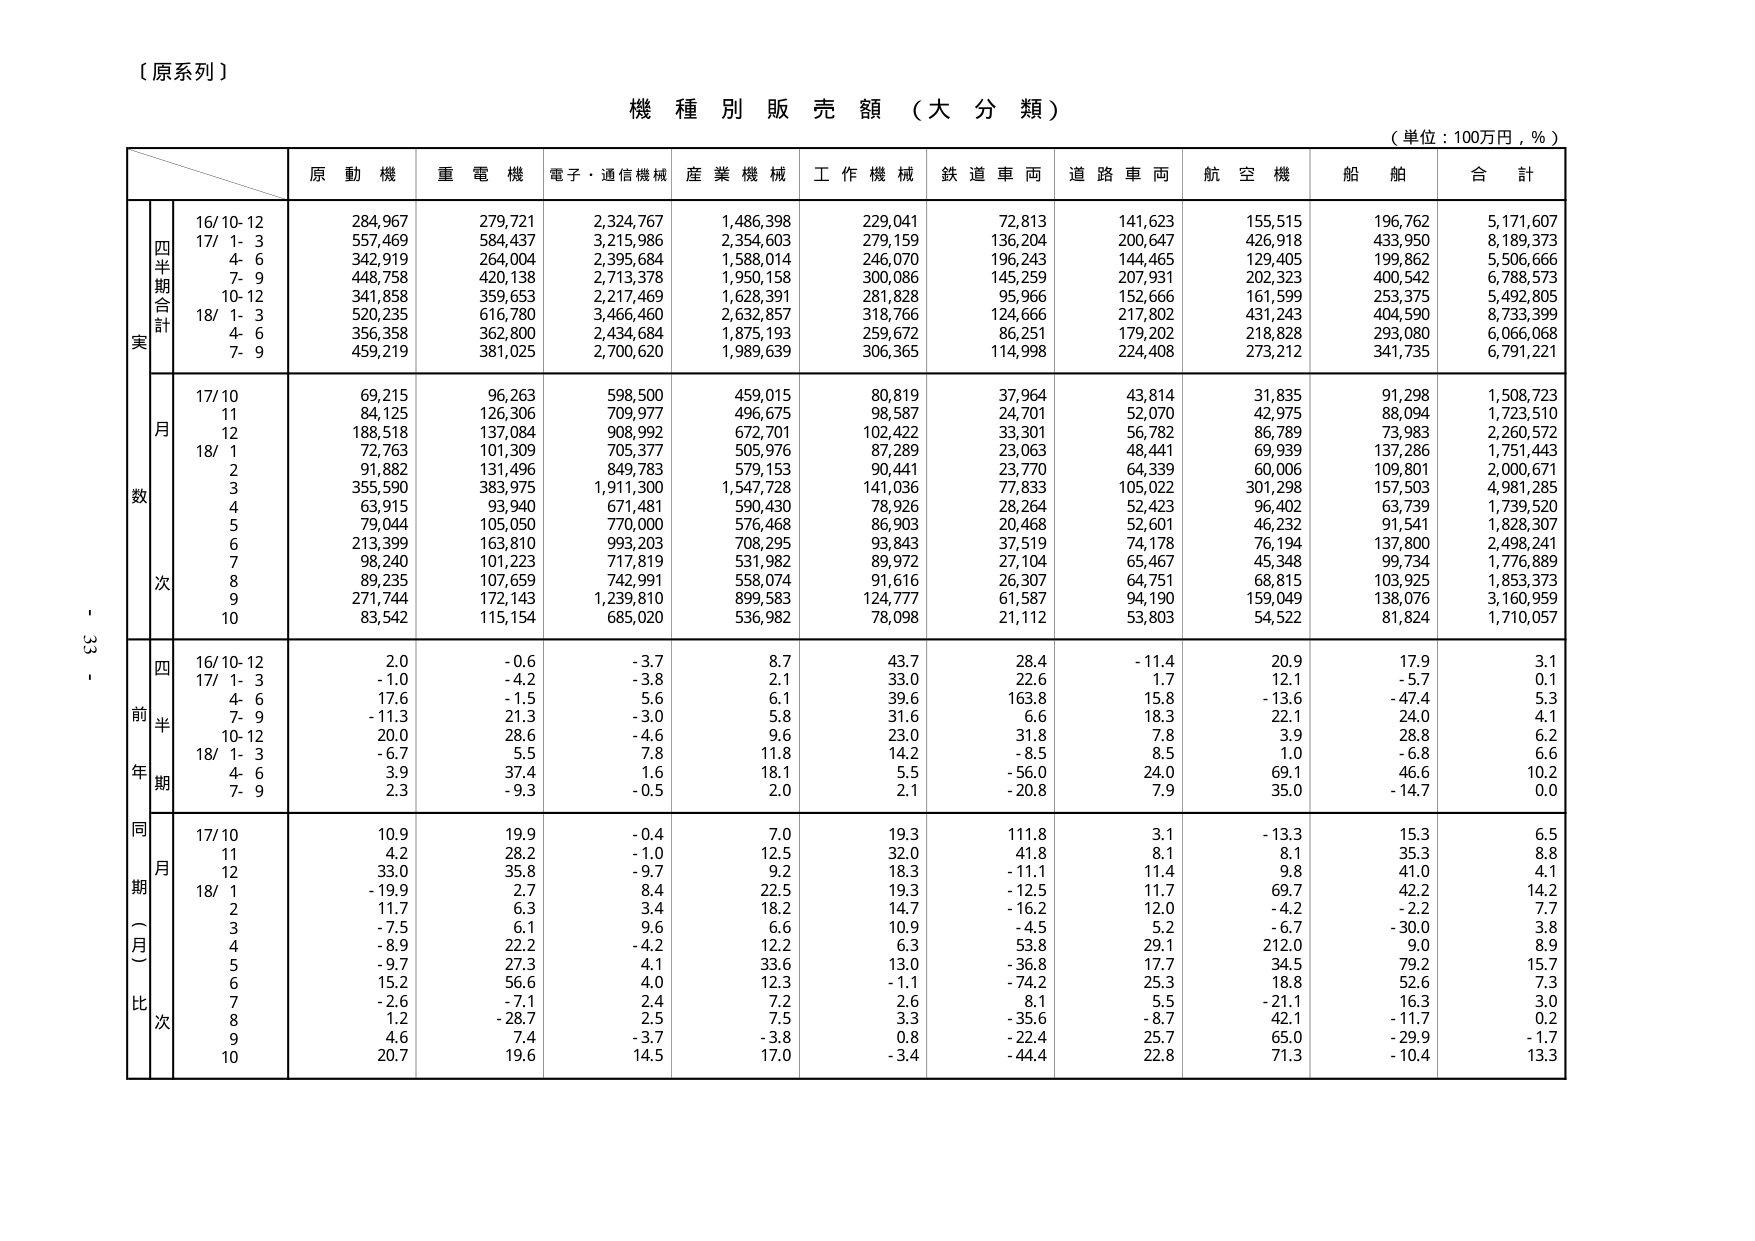
【原系列】

機種別販売額（大分類）
（単位：100万円，％）

原動機　重電機　電子・通信機械　産業機械　工作機械　鉄道車両　道路車両　航空機　船舶　合計

実
四半期合計
16/10-12　284,967　279,721　2,324,767　1,486,398　229,041　72,813　141,623　155,515　196,762　5,171,607
17/1-3　557,469　584,437　3,215,986　2,354,603　279,159　136,204　200,647　426,918　433,950　8,189,373
　4-6　342,919　264,004　2,395,684　1,588,014　246,070　196,243　144,465　129,405　199,862　5,506,666
　7-9　448,758　420,138　2,713,378　1,950,158　300,086　145,259　207,931　202,323　400,542　6,788,573
18/10-12　341,858　359,653　2,217,469　1,628,391　281,828　95,966　152,666　161,599　253,375　5,492,805
　1-3　520,235　616,780　3,466,460　2,632,857　318,766　124,666　217,802　431,243　404,590　8,733,399
　4-6　356,358　362,800　2,434,684　1,875,193　259,672　86,251　179,202　218,828　293,080　6,066,068
　7-9　459,219　381,025　2,700,620　1,989,639　306,365　114,998　224,408　273,212　341,735　6,791,221

数
月
17/10　69,215　96,263　598,500　459,015　80,819　37,964　43,814　31,835　91,298　1,508,723
　11　84,125　126,306　709,977　496,675　98,587　24,701　52,070　42,975　88,094　1,723,510
　12　188,518　137,084　908,992　672,701　102,422　33,301　56,782　86,789　73,983　2,260,572
18/1　72,763　101,309　705,377　505,976　87,289　23,063　48,441　69,939　137,286　1,751,443
　2　91,882　131,496　849,783　579,153　90,441　23,770　64,339　60,006　109,801　2,000,671
　3　355,590　383,975　1,911,300　1,547,728　141,036　77,833　105,022　301,298　157,503　4,981,285
　4　63,915　93,940　671,481　590,430　78,926　28,264　52,423　96,402　63,739　1,739,520
　5　79,044　105,050　770,000　576,468　86,903　20,468　52,601　46,232　91,541　1,828,307
　6　213,399　163,810　993,203　708,295　93,843　37,519　74,178　76,194　137,800　2,498,241
　7　98,240　101,223　717,819　531,982　89,972　27,104　65,467　45,348　99,734　1,776,889
　8　89,235　107,659　742,991　558,074　91,616　26,307　64,751　68,815　103,925　1,853,373
　9　271,744　172,143　1,239,810　899,583　124,777　61,587　94,190　159,049　138,076　3,160,959
　10　83,542　115,154　685,020　536,982　78,098　21,112　53,803　54,522　81,824　1,710,057

四
前半
年期
16/10-12　2.0　-0.6　-3.7　8.7　43.7　28.4　-11.4　20.9　17.9　3.1
17/1-3　-1.0　-4.2　-3.8　2.1　33.0　22.6　1.7　12.1　-5.7　0.1
　4-6　17.6　-1.5　5.6　6.1　39.6　163.8　15.8　-13.6　-47.4　5.3
　7-9　-11.3　21.3　-3.0　5.8　31.6　6.6　18.3　22.1　24.0　4.1
18/10-12　20.0　28.6　-4.6　9.6　23.0　31.8　7.8　3.9　28.8　6.2
　1-3　-6.7　5.5　7.8　11.8　14.2　-8.5　8.5　1.0　-6.8　6.6
　4-6　3.9　37.4　1.6　18.1　5.5　-56.0　24.0　69.1　46.6　10.2
　7-9　2.3　-9.3　-0.5　2.0　2.1　-20.8　7.9　35.0　-14.7　0.0

同期（月）比
17/10　10.9　19.9　-0.4　7.0　19.3　111.8　3.1　-13.3　15.3　6.5
　11　4.2　28.2　-1.0　12.5　32.0　41.8　8.1　8.1　35.3　8.8
　12　33.0　35.8　-9.7　9.2　18.3　-11.1　11.4　9.8　41.0　4.1
18/1　-19.9　2.7　8.4　22.5　19.3　-12.5　11.7　69.7　42.2　14.2
　2　11.7　6.3　3.4　18.2　14.7　-16.2　12.0　-4.2　-2.2　7.7
　3　-7.5　6.1　9.6　6.6　10.9　-4.5　5.2　-6.7　-30.0　3.8
　4　-8.9　22.2　-4.2　12.2　6.3　53.8　29.1　212.0　9.0　8.9
　5　-9.7　27.3　4.1　33.6　13.0　-36.8　17.7　34.5　79.2　15.7
　6　15.2　56.6　4.0　12.3　-1.1　-74.2　25.3　18.8　52.6　7.3
　7　-2.6　-7.1　2.4　7.2　2.6　8.1　5.5　-21.1　16.3　3.0
　8　1.2　-28.7　2.5　7.5　3.3　-35.6　-8.7　42.1　-11.7　0.2
　9　4.6　7.4　-3.7　-3.8　0.8　-22.4　25.7　65.0　-29.9　-1.7
　10　20.7　19.6　14.5　17.0　-3.4　-44.4　22.8　71.3　-10.4　13.3

- 33 -